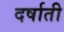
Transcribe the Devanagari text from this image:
दर्षाती